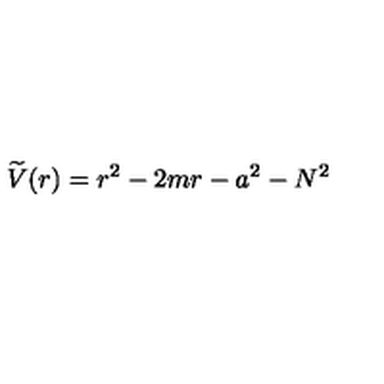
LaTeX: \widetilde { V } ( r ) = r ^ { 2 } - 2 m r - a ^ { 2 } - N ^ { 2 }